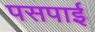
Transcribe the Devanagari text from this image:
पसपाई